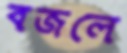
বজলে